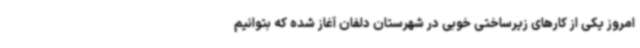
امروز یکی از کارهای زیرساختی خوبی در شهرستان دلفان آغاز شده که بتوانیم